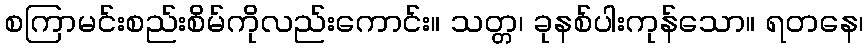
စကြာမင်းစည်းစိမ်ကိုလည်းကောင်း။ သတ္တ၊ ခုနစ်ပါးကုန်သော။ ရတနေ၊